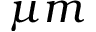
\mu m